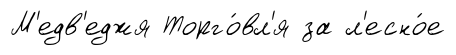
М'едв'еджя Торго́вл'я за л'есно́е